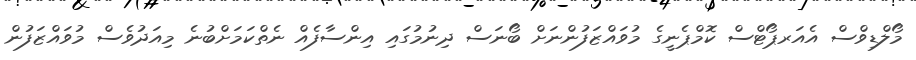
މޯލްޑިވްސް އެއަރޕޯޓްސް ކޮމްޕެނީގެ މުވައްޒަފުންނަށް ބޯނަސް ދިނުމުގައި އިންސާފެއް ނެތްކަމަށްބުނެ މިއަދުވެސް މުވައްޒަފުން